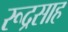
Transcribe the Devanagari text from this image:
रूद्रसाह